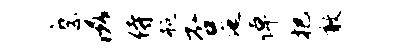
縻滋侍瓶否迤倬把敢